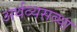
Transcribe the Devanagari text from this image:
अर्थव्यसव्था